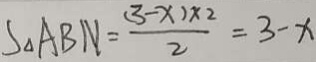
S _ { \Delta } A B N = \frac { ( 3 - x ) \times 2 } { 2 } = 3 - x